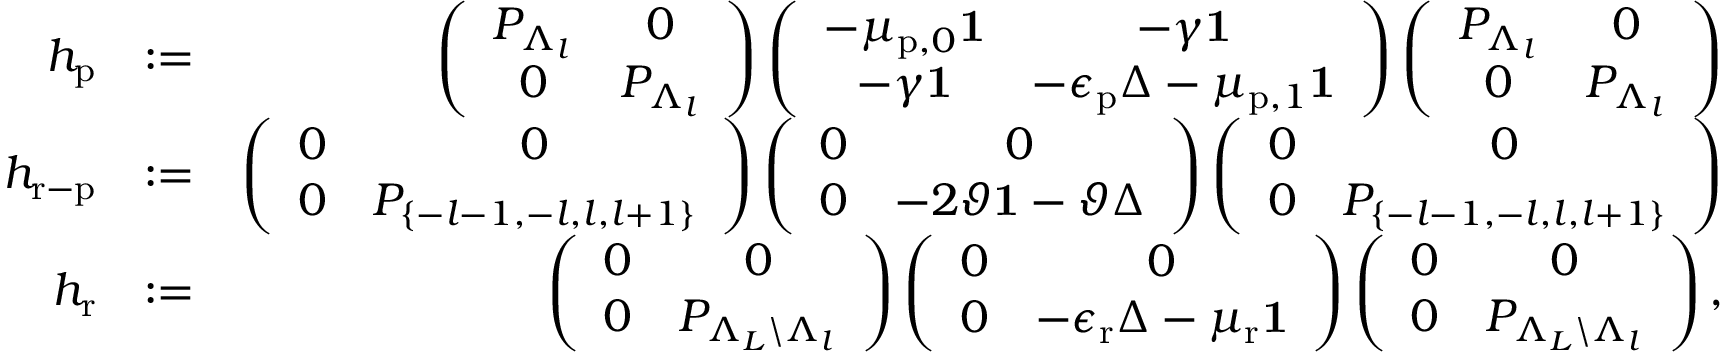
\begin{array} { r l r } { h _ { \mathrm { p } } } & { : = } & { \left( \begin{array} { c c } { P _ { \Lambda _ { l } } } & { 0 } \\ { 0 } & { P _ { \Lambda _ { l } } } \end{array} \right) \left( \begin{array} { c c } { - \mu _ { \mathrm { p } , 0 } \mathbf { 1 } } & { - \gamma \mathbf { 1 } } \\ { - \gamma \mathbf { 1 } } & { - \epsilon _ { \mathrm { p } } \Delta - \mu _ { \mathrm { p } , 1 } \mathbf { 1 } } \end{array} \right) \left( \begin{array} { c c } { P _ { \Lambda _ { l } } } & { 0 } \\ { 0 } & { P _ { \Lambda _ { l } } } \end{array} \right) } \\ { h _ { \mathrm { r - p } } } & { : = } & { \left( \begin{array} { c c } { 0 } & { 0 } \\ { 0 } & { P _ { \{ - l - 1 , - l , l , l + 1 \} } } \end{array} \right) \left( \begin{array} { c c } { 0 } & { 0 } \\ { 0 } & { - 2 \vartheta \mathbf { 1 } - \vartheta \Delta } \end{array} \right) \left( \begin{array} { c c } { 0 } & { 0 } \\ { 0 } & { P _ { \{ - l - 1 , - l , l , l + 1 \} } } \end{array} \right) } \\ { h _ { \mathrm { r } } } & { : = } & { \left( \begin{array} { c c } { 0 } & { 0 } \\ { 0 } & { P _ { \Lambda _ { L } \backslash \Lambda _ { l } } } \end{array} \right) \left( \begin{array} { c c } { 0 } & { 0 } \\ { 0 } & { - \epsilon _ { \mathrm { r } } \Delta - \mu _ { \mathrm { r } } \mathbf { 1 } } \end{array} \right) \left( \begin{array} { c c } { 0 } & { 0 } \\ { 0 } & { P _ { \Lambda _ { L } \backslash \Lambda _ { l } } } \end{array} \right) , } \end{array}